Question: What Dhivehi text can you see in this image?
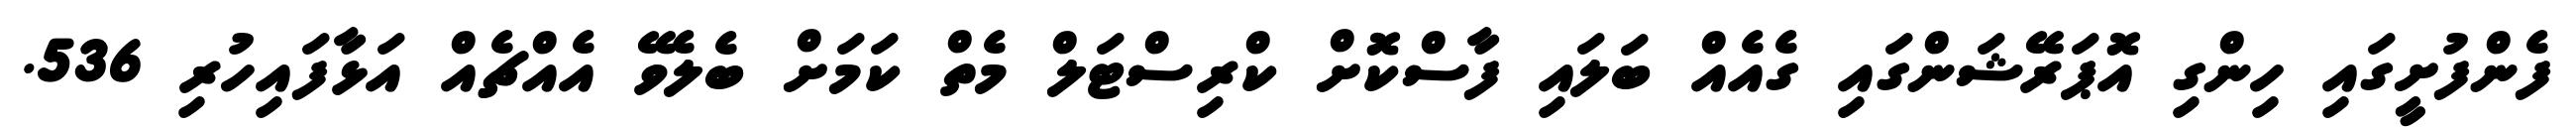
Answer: ފެންފުށީގައި ހިންގި އޮޕަރޭޝަންގައި ގެއެއް ބަލައި ފާސްކޮށް ކްރިސްޓަލް މެތް ކަމަށް ބެލެވޭ އެއްޗެއް އަޅާފައިހުރި 536.